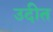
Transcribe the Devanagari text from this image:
उदीत